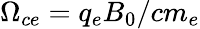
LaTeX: \Omega_{ce}=q_{e}B_{0}/cm_{e}